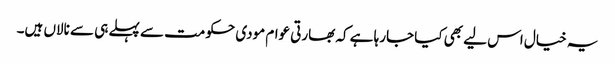
یہ خیال اس لیے بھی کیا جارہا ہے کہ بھارتی عوام مودی حکومت سے پہلے ہی سے نالاں ہیں۔